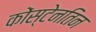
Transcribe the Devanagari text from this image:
कोंस्टेनतिन